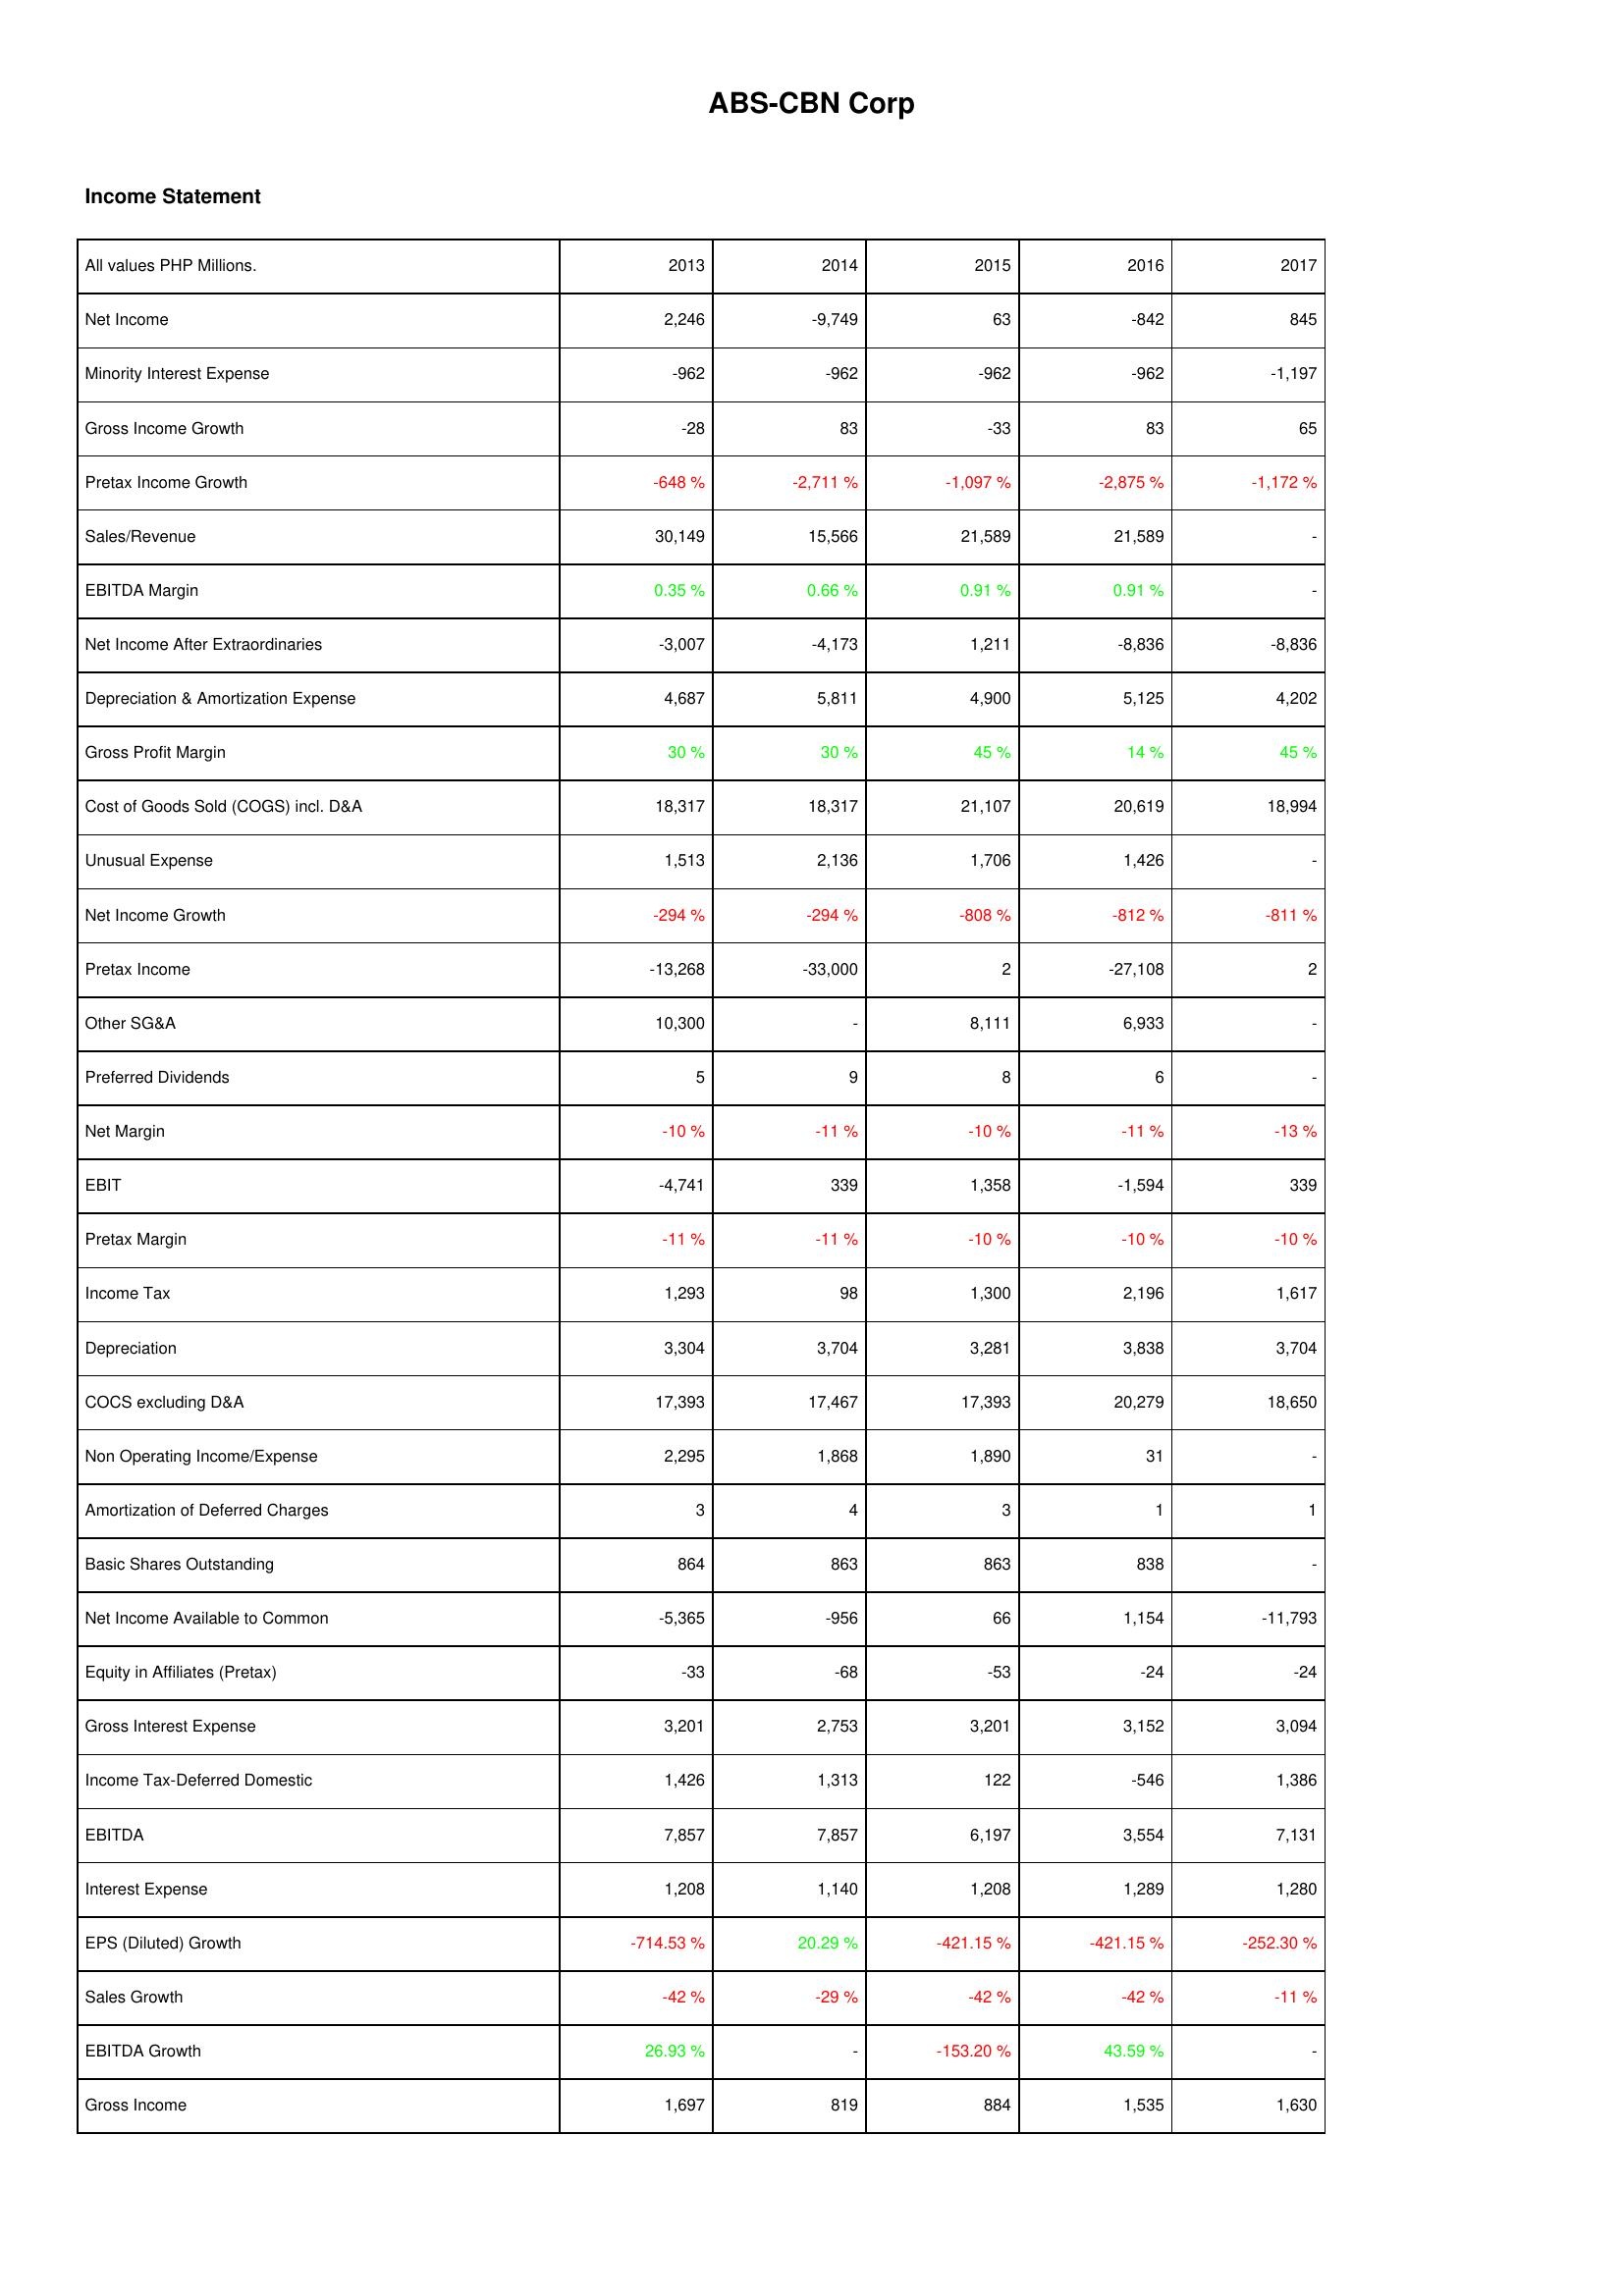
2013: Income Statement: Net Income: 2,246
Minority Interest Expense: -962
Gross Income Growth: -28
Pretax Income Growth: -648 %
Sales/Revenue: 30,149
EBITDA Margin: 0.35 %
Net Income After Extraordinaries: -3,007
Depreciation & Amortization Expense: 4,687
Gross Profit Margin: 30 %
Cost of Goods Sold (COGS) incl. D&A: 18,317
Unusual Expense: 1,513
Net Income Growth: -294 %
Pretax Income: -13,268
Other SG&A: 10,300
Preferred Dividends: 5
Net Margin: -10 %
EBIT: -4,741
Pretax Margin: -11 %
Income Tax: 1,293
Depreciation: 3,304
COCS excluding D&A: 17,393
Non Operating Income/Expense: 2,295
Amortization of Deferred Charges: 3
Basic Shares Outstanding: 864
Net Income Available to Common: -5,365
Equity in Affiliates (Pretax): -33
Gross Interest Expense: 3,201
Income Tax-Deferred Domestic: 1,426
EBITDA: 7,857
Interest Expense: 1,208
EPS (Diluted) Growth: -714.53 %
Sales Growth: -42 %
EBITDA Growth: 26.93 %
Gross Income: 1,697
2014: Income Statement: Net Income: -9,749
Minority Interest Expense: -962
Gross Income Growth: 83
Pretax Income Growth: -2,711 %
Sales/Revenue: 15,566
EBITDA Margin: 0.66 %
Net Income After Extraordinaries: -4,173
Depreciation & Amortization Expense: 5,811
Gross Profit Margin: 30 %
Cost of Goods Sold (COGS) incl. D&A: 18,317
Unusual Expense: 2,136
Net Income Growth: -294 %
Pretax Income: -33,000
Other SG&A: -
Preferred Dividends: 9
Net Margin: -11 %
EBIT: 339
Pretax Margin: -11 %
Income Tax: 98
Depreciation: 3,704
COCS excluding D&A: 17,467
Non Operating Income/Expense: 1,868
Amortization of Deferred Charges: 4
Basic Shares Outstanding: 863
Net Income Available to Common: -956
Equity in Affiliates (Pretax): -68
Gross Interest Expense: 2,753
Income Tax-Deferred Domestic: 1,313
EBITDA: 7,857
Interest Expense: 1,140
EPS (Diluted) Growth: 20.29 %
Sales Growth: -29 %
EBITDA Growth: -
Gross Income: 819
2015: Income Statement: Net Income: 63
Minority Interest Expense: -962
Gross Income Growth: -33
Pretax Income Growth: -1,097 %
Sales/Revenue: 21,589
EBITDA Margin: 0.91 %
Net Income After Extraordinaries: 1,211
Depreciation & Amortization Expense: 4,900
Gross Profit Margin: 45 %
Cost of Goods Sold (COGS) incl. D&A: 21,107
Unusual Expense: 1,706
Net Income Growth: -808 %
Pretax Income: 2
Other SG&A: 8,111
Preferred Dividends: 8
Net Margin: -10 %
EBIT: 1,358
Pretax Margin: -10 %
Income Tax: 1,300
Depreciation: 3,281
COCS excluding D&A: 17,393
Non Operating Income/Expense: 1,890
Amortization of Deferred Charges: 3
Basic Shares Outstanding: 863
Net Income Available to Common: 66
Equity in Affiliates (Pretax): -53
Gross Interest Expense: 3,201
Income Tax-Deferred Domestic: 122
EBITDA: 6,197
Interest Expense: 1,208
EPS (Diluted) Growth: -421.15 %
Sales Growth: -42 %
EBITDA Growth: -153.20 %
Gross Income: 884
2016: Income Statement: Net Income: -842
Minority Interest Expense: -962
Gross Income Growth: 83
Pretax Income Growth: -2,875 %
Sales/Revenue: 21,589
EBITDA Margin: 0.91 %
Net Income After Extraordinaries: -8,836
Depreciation & Amortization Expense: 5,125
Gross Profit Margin: 14 %
Cost of Goods Sold (COGS) incl. D&A: 20,619
Unusual Expense: 1,426
Net Income Growth: -812 %
Pretax Income: -27,108
Other SG&A: 6,933
Preferred Dividends: 6
Net Margin: -11 %
EBIT: -1,594
Pretax Margin: -10 %
Income Tax: 2,196
Depreciation: 3,838
COCS excluding D&A: 20,279
Non Operating Income/Expense: 31
Amortization of Deferred Charges: 1
Basic Shares Outstanding: 838
Net Income Available to Common: 1,154
Equity in Affiliates (Pretax): -24
Gross Interest Expense: 3,152
Income Tax-Deferred Domestic: -546
EBITDA: 3,554
Interest Expense: 1,289
EPS (Diluted) Growth: -421.15 %
Sales Growth: -42 %
EBITDA Growth: 43.59 %
Gross Income: 1,535
2017: Income Statement: Net Income: 845
Minority Interest Expense: -1,197
Gross Income Growth: 65
Pretax Income Growth: -1,172 %
Sales/Revenue: -
EBITDA Margin: -
Net Income After Extraordinaries: -8,836
Depreciation & Amortization Expense: 4,202
Gross Profit Margin: 45 %
Cost of Goods Sold (COGS) incl. D&A: 18,994
Unusual Expense: -
Net Income Growth: -811 %
Pretax Income: 2
Other SG&A: -
Preferred Dividends: -
Net Margin: -13 %
EBIT: 339
Pretax Margin: -10 %
Income Tax: 1,617
Depreciation: 3,704
COCS excluding D&A: 18,650
Non Operating Income/Expense: -
Amortization of Deferred Charges: 1
Basic Shares Outstanding: -
Net Income Available to Common: -11,793
Equity in Affiliates (Pretax): -24
Gross Interest Expense: 3,094
Income Tax-Deferred Domestic: 1,386
EBITDA: 7,131
Interest Expense: 1,280
EPS (Diluted) Growth: -252.30 %
Sales Growth: -11 %
EBITDA Growth: -
Gross Income: 1,630